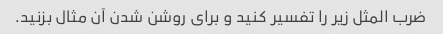
ضرب المثل زیر را تفسیر کنید و برای روشن شدن آن مثال بزنید.